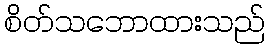
စိတ်သဘောထားသည်